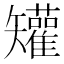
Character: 𥐓